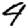
Digit: 4